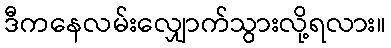
ဒီကနေလမ်းလျှောက်သွားလို့ရလား။